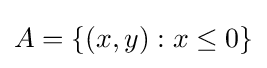
A=\{(x,y):x\leq 0\}